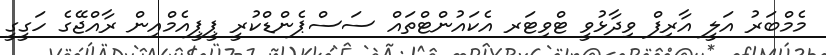
މެމްބަރު އަލީ އާރިފް ވިދާޅުވީ ޓްވިޓަރ އެކައުންޓްތައް ސަސްޕެންޑްކުރީ ޕީޕީއެމްއިން ރާއްޖޭގެ ހަގީގީ